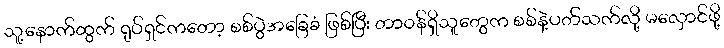
သူ့နောက်ထွက် ရုပ်ရှင်ကတော့ စစ်ပွဲအခြေခံ ဖြစ်ပြီး တာဝန်ရှိသူတွေက စစ်နဲ့ပတ်သက်လို့ မလှောင်ဖို့